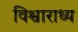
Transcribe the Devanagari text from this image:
विश्वाराध्य